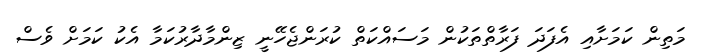
މަތިން ކަމަށާއި އެފަދަ ފަރާތްތަކުން މަސައްކަތް ކުރަންޖެހޭނީ ޒިންމާދާރުކަމާ އެކު ކަމަށް ވެސް